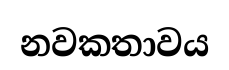
නවකතාවය